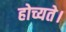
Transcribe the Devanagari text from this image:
होच्यते।